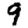
Digit: 9